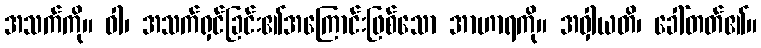
အသက်ကို။ ဝါ၊ အသက်ရှင်ခြင်း၏အကြောင်းဖြစ်သော အာဟာရကို။ အဝှါယတိ၊ ခေါ်တတ်၏။